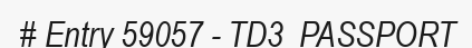
# Entry 59057 - TD3_PASSPORT